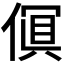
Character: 𫣎